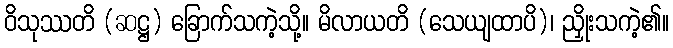
ဝိသုဿတိ (ဆဋ္ဌ) ခြောက်သကဲ့သို့။ မိလာယတိ (သေယျထာပိ)၊ ညှိုးသကဲ့၏။